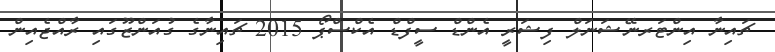
ޗައިނާ އިންޓަރނޭޝަނަލް ފިޝަރީ އެންޑް ސީފްޑް އެކްސްޕޯ 2015 ޗައިނާގެ ގުއަންޒޫގައި ރާއްޖެއިން